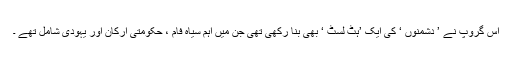
اس گروپ نے ’ دشمنوں ‘ کی ایک ’ہٹ لسٹ ‘ بھی بنا رکھی تھی جن میں اہم سیاہ فام ، حکومتی ارکان اور یہودی شامل تھے ۔